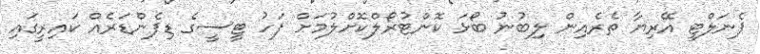
ޕެނަލްޓީ އޭރިޔާ ތެރެއިން ލިބުނު ބޯޅަ ކޮންޓުރޯލްކޮށްލުމަށް ފަހު ޓީސީގެ ޑިފެންޑަރެއް ކައިރީގައި